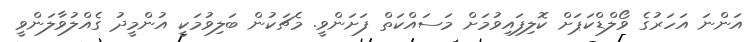
އަންނަ އަހަރުގެ ވޯލްޑްކަޕަށް ކޮލިފައިވުމަށް މަސައްކަތް ފަށަންވީ. މެޗަކުން ބަލިވުމަކީ އުންމީދު ގެއްލުވާލަންވީ